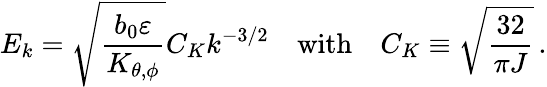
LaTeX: E_{k}=\sqrt{\frac{b_{0}\varepsilon}{K_{\theta,\phi}}}C_{K}k^{-3/2}\quad\mathrm{with}\quad C_{K}\equiv\sqrt{\frac{32}{\pi J}}\, .